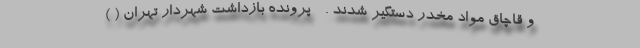
و قاچاق مواد مخدر دستگیر شدند . - پرونده بازداشت شهردار تهران ( )